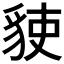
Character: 𧳅